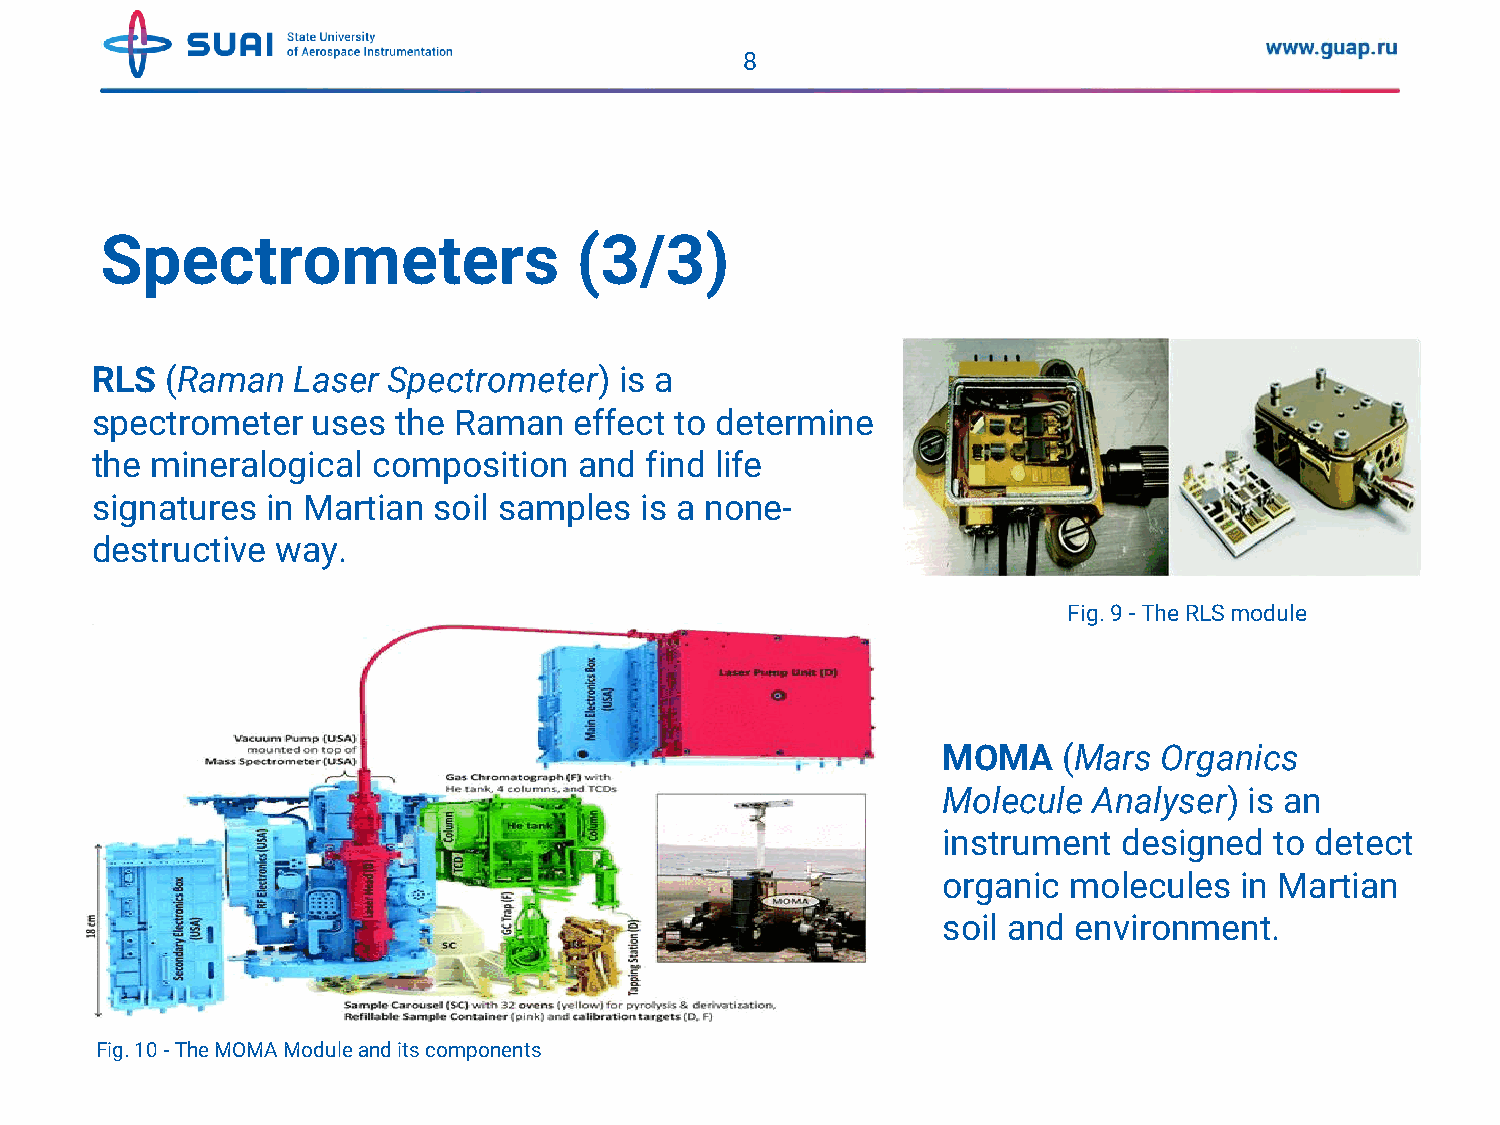
8
 Spectrometers                  (3/3)
 RLS  (Raman  Laser  Spectrometer)  is a
 spectrometer   uses the Raman   effect to determine
 the mineralogical  composition  and  find life
 signatures  in Martian soil samples is a none-
 destructive way.
 Fig. 9 -The RLS module
 MOMA    (Mars  Organics
 Molecule  Analyser)  is an
 instrument  designed  to detect
 organic  molecules  in Martian
 soil and environment.
 Fig. 10 -The MOMA Module and its components